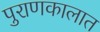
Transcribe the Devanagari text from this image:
पुराणकालात